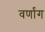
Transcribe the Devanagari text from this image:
वर्णांग